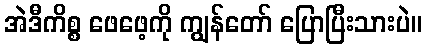
အဲဒီကိစ္စ ဖေဖေ့ကို ကျွန်တော် ပြောပြီးသားပဲ။